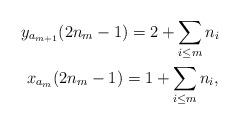
LaTeX: \begin{gather*}y_{a_{m+1}}(2n_m-1)=2+\sum\limits_{i\le m} n_i \ \\x_{a_m}(2n_m-1)=1+\sum\limits_{i\le m} n_i,\end{gather*}